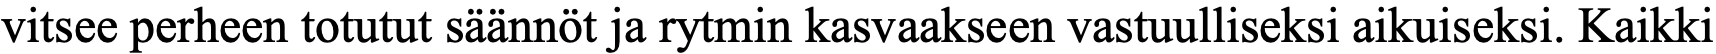
vitsee perheen totutut säännöt ja rytmin kasvaakseen vastuulliseksi aikuiseksi. Kaikki